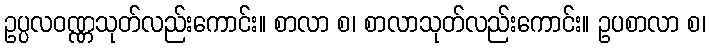
ဥပ္ပလဝဏ္ဏသုတ်လည်းကောင်း။ စာလာ စ၊ စာလာသုတ်လည်းကောင်း။ ဥပစာလာ စ၊